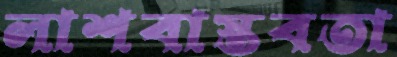
লাশবাস্তবতা